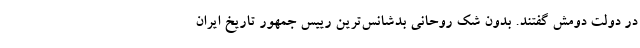
در دولت دومش گفتند. بدون شک روحانی بدشانس‌ترین رییس جمهور تاریخ ایران